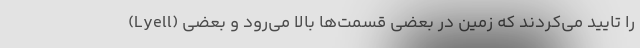
(Lyell) را تایید می‌کردند که زمین در بعضی قسمت‌ها بالا می‌رود و بعضی